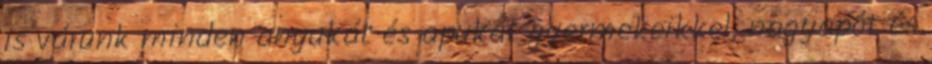
is várunk minden anyukát és apukát gyermekeikkel, nagyapót és